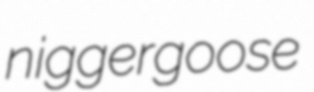
niggergoose